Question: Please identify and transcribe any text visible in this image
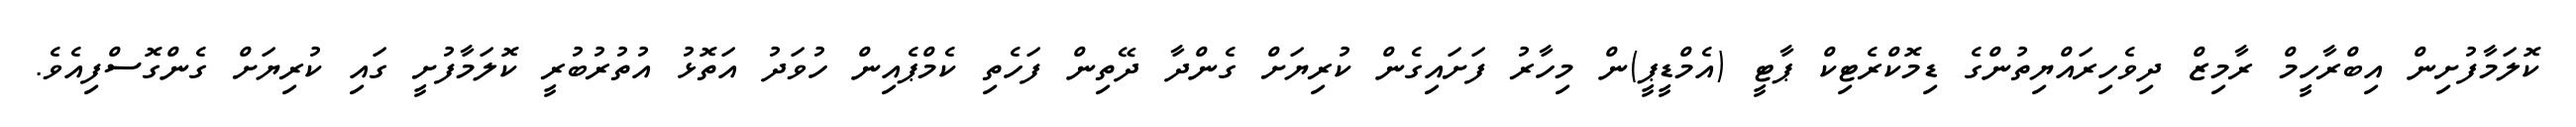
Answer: ކޮލަމާފުށިން އިބްރާހީމް ރާމިޒް ދިވެހިރައްޔިތުންގެ ޑިމޮކްރެޓިކް ޕާޓީ (އެމްޑީޕީ)ން މިހާރު ފަށައިގެން ކުރިޔަށް ގެންދާ ދޭތިން ފަހެތި ކެމްޕެއިން ހުވަދު އަތޮޅު އުތުރުބުރީ ކޮލަމާފުށީ ގައި ކުރިޔަށް ގެންގޮސްފިއެވެ.